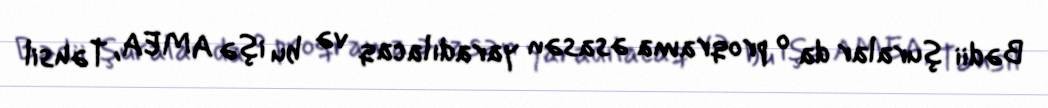
Bədii şuralar da o proqrama əsasən yaradılacaq və bu işə AMEA, Təhsil